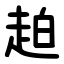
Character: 䞟